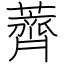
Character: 薺